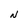
Character: N